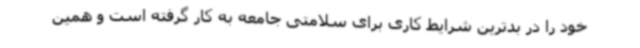
خود را در بدترین شرایط کاری برای سلامتی جامعه به کار گرفته است و همین